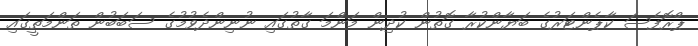
ޕްރޮފެސަ ކާޕެންޓަރުގެ ބަޔާންކުރާ ގޮތުން ކުދިން މަންމަ ގާތުގައި ނުނިންދެވުމުގެ ސަބަބުން ތަންމަތީގައި